Civil Veterinary Department. Madras. Admin. report 1926-33 - 1926-1933
Year: 1926
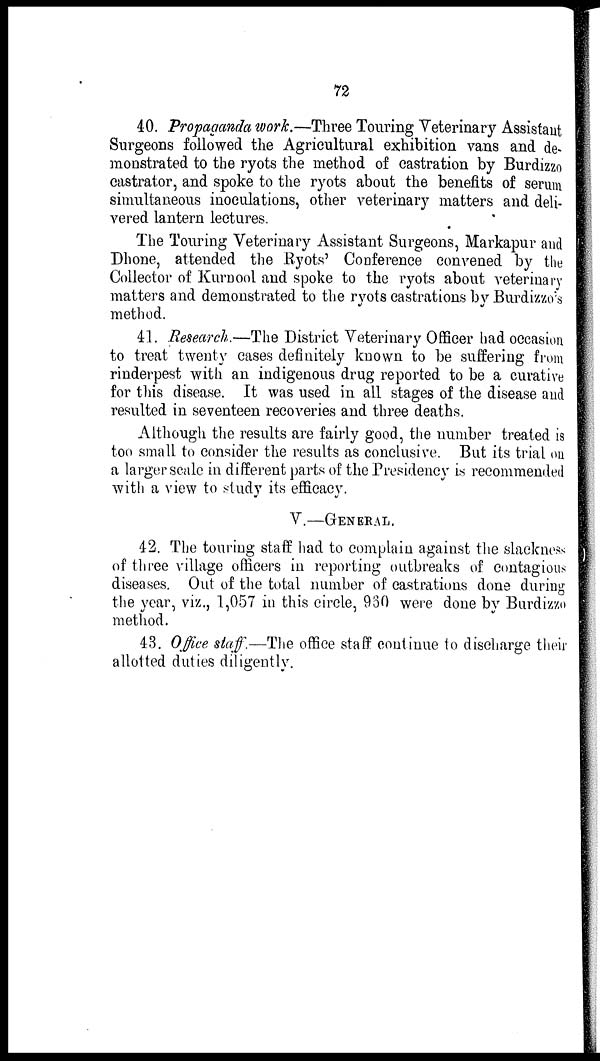
72
40. Propaganda work.—Three Touring Veterinary Assistant
Surgeons followed the Agricultural exhibition vans and de-
monstrated to the ryots the method of castration by Burdizzo
castrator, and spoke to the ryots about the benefits of serum
simultaneous inoculations, other veterinary matters and deli-
vered lantern lectures.
The Touring Veterinary Assistant Surgeons, Markapur and
Dhone, attended the Ryots' Conference convened by the
Collector of Kurnool and spoke to the ryots about veterinary
matters and demonstrated to the ryots castrations by Burdizzo's
method.
41. Research.—The District Veterinary Officer had occasion
to treat twenty cases definitely known to be suffering from
rinderpest with an indigenous drug reported to be a curative
for this disease. It was used in all stages of the disease and
resulted in seventeen recoveries and three deaths.
Although the results are fairly good, the number treated is
too small to consider the results as conclusive. But its trial on
a larger scale in different parts of the Presidency is recommended
with a view to study its efficacy.
V.—GENERAL.
42. The touring staff had to complain against the slackness
of three village officers in reporting outbreaks of contagious
diseases. Out of the total number of castrations done during
the year, viz., 1,057 in this circle, 960 were done by Burdizzo
method.
43. Office staff.—The office staff continue to discharge their
allotted duties diligently.